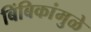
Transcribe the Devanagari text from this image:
बिंबिकांमुळे